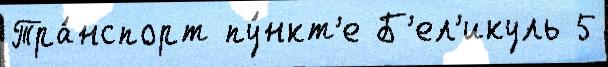
Тра́нспорт пу́нкт'е Б'ел'икуль 5